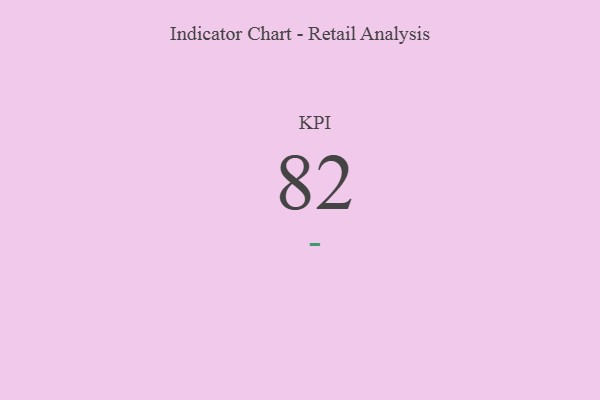
{"axis": {"x": "KPI", "y": "Value"}, "legend": [""], "data": [{"x": "KPI", "y": 82, "type": ""}]}